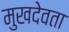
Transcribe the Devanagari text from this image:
मुखदेवता